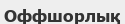
Оффшорлық